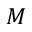
M